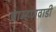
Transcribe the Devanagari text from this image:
ब्राम्हणवाडी